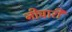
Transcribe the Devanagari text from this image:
नीचारी